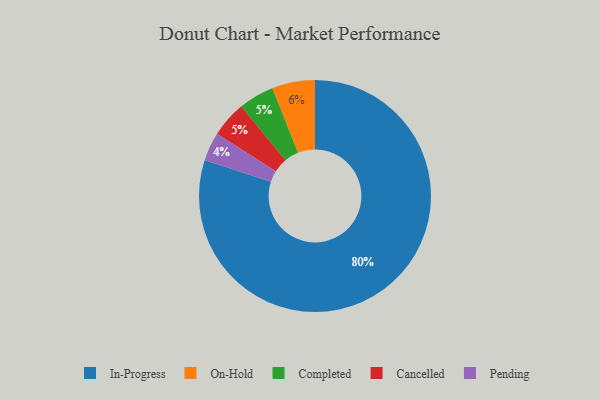
{"axis": {"x": "Category", "y": "Percentage"}, "legend": ["Cancelled", "Completed", "In-Progress", "On-Hold", "Pending"], "data": [{"x": "Completed", "y": 5, "type": "Completed"}, {"x": "Pending", "y": 4, "type": "Pending"}, {"x": "On-Hold", "y": 6, "type": "On-Hold"}, {"x": "Cancelled", "y": 5, "type": "Cancelled"}, {"x": "In-Progress", "y": 80, "type": "In-Progress"}]}